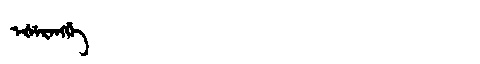
Manchu: ᡝᡧᡝᡵᡝᠩᡤᡝ
Romanization: EŠERENGGE